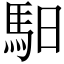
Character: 馹